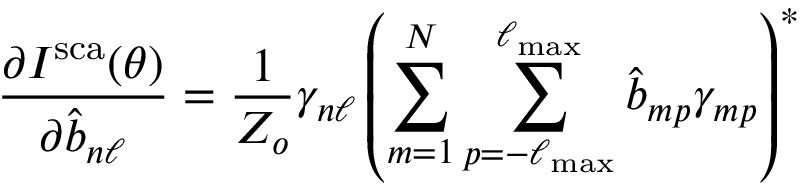
\frac { \partial I ^ { \mathrm { s c a } } ( \theta ) } { \partial \hat { b } _ { n \ell } } = \frac { 1 } { Z _ { o } } \gamma _ { n \ell } \left( \sum _ { m = 1 } ^ { N } \sum _ { p = - \ell _ { \mathrm { m a x } } } ^ { \ell _ { \mathrm { m a x } } } \hat { b } _ { m p } \gamma _ { m p } \right) ^ { * }